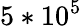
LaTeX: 5*10^{5}